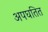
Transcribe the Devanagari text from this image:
अपघतित